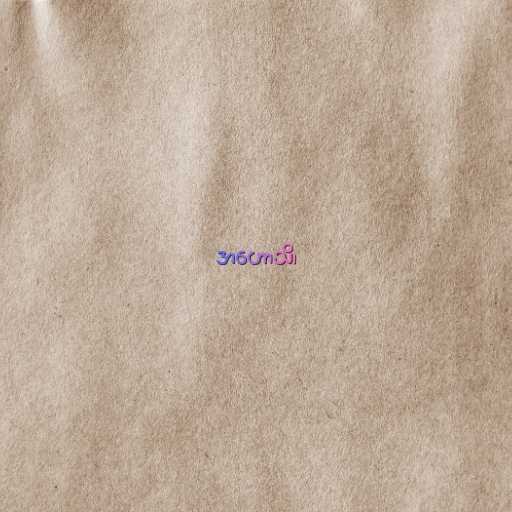
အဟောသိ၊